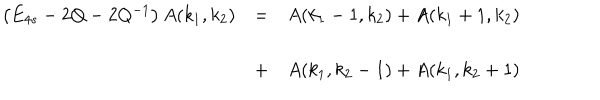
\begin{array} { l l l } { { \left( E _ { 4 s } - 2 Q - 2 Q ^ { - 1 } \right) A ( k _ { 1 } , k _ { 2 } ) } } & { { = } } & { { A ( k _ { 1 } - 1 , k _ { 2 } ) + A ( k _ { 1 } + 1 , k _ { 2 } ) } } \\ { { } } & { { } } & { { } } \\ { { } } & { { + } } & { { A ( k _ { 1 } , k _ { 2 } - 1 ) + A ( k _ { 1 } , k _ { 2 } + 1 ) } } \\ \end{array}